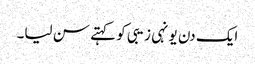
ایک دن یونہی زیبی کو کہتے سن لیا۔